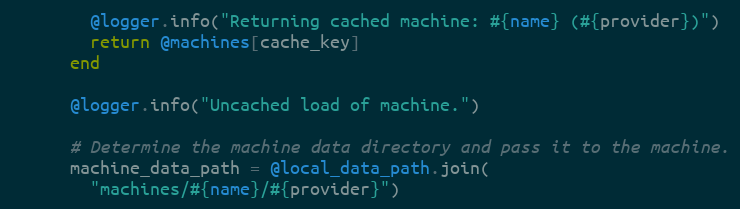
Language: Ruby
        @logger.info("Returning cached machine: #{name} (#{provider})")
        return @machines[cache_key]
      end

      @logger.info("Uncached load of machine.")

      # Determine the machine data directory and pass it to the machine.
      machine_data_path = @local_data_path.join(
        "machines/#{name}/#{provider}")